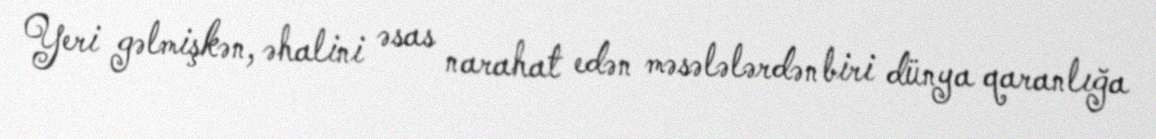
Yeri gəlmişkən, əhalini əsas narahat edən məsələlərdən biri dünya qaranlığa